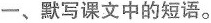
一、默写课文中的短语。